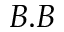
B . B